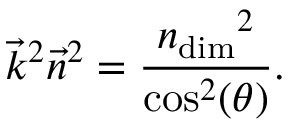
\vec { k } ^ { 2 } \vec { n } ^ { 2 } = \frac { { n _ { \mathrm { d i m } } } ^ { 2 } } { \cos ^ { 2 } ( \theta ) } .